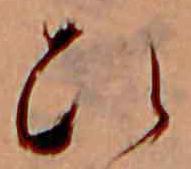
ひ